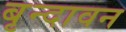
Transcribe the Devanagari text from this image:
बृन्दावन